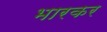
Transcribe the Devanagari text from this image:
भारकर